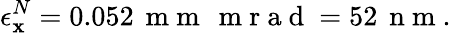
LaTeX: \epsilon_{\mathbf{x}}^{N}=0.052\, \mathrm{{~m~m~}}\, \mathrm{{~m~r~a~d~}}=52\, \mathrm{{~n~m~}}.